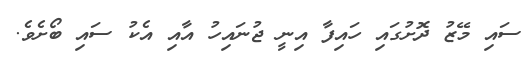
ސައި މޭޒު ދޮށުގައި ހައިފާ އިނީ ޖުނައިހު އާއި އެކު ސައި ބޯށެވެ.